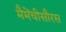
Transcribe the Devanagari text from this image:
मैमेंचीसौरस